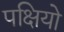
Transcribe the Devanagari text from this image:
पक्षियो